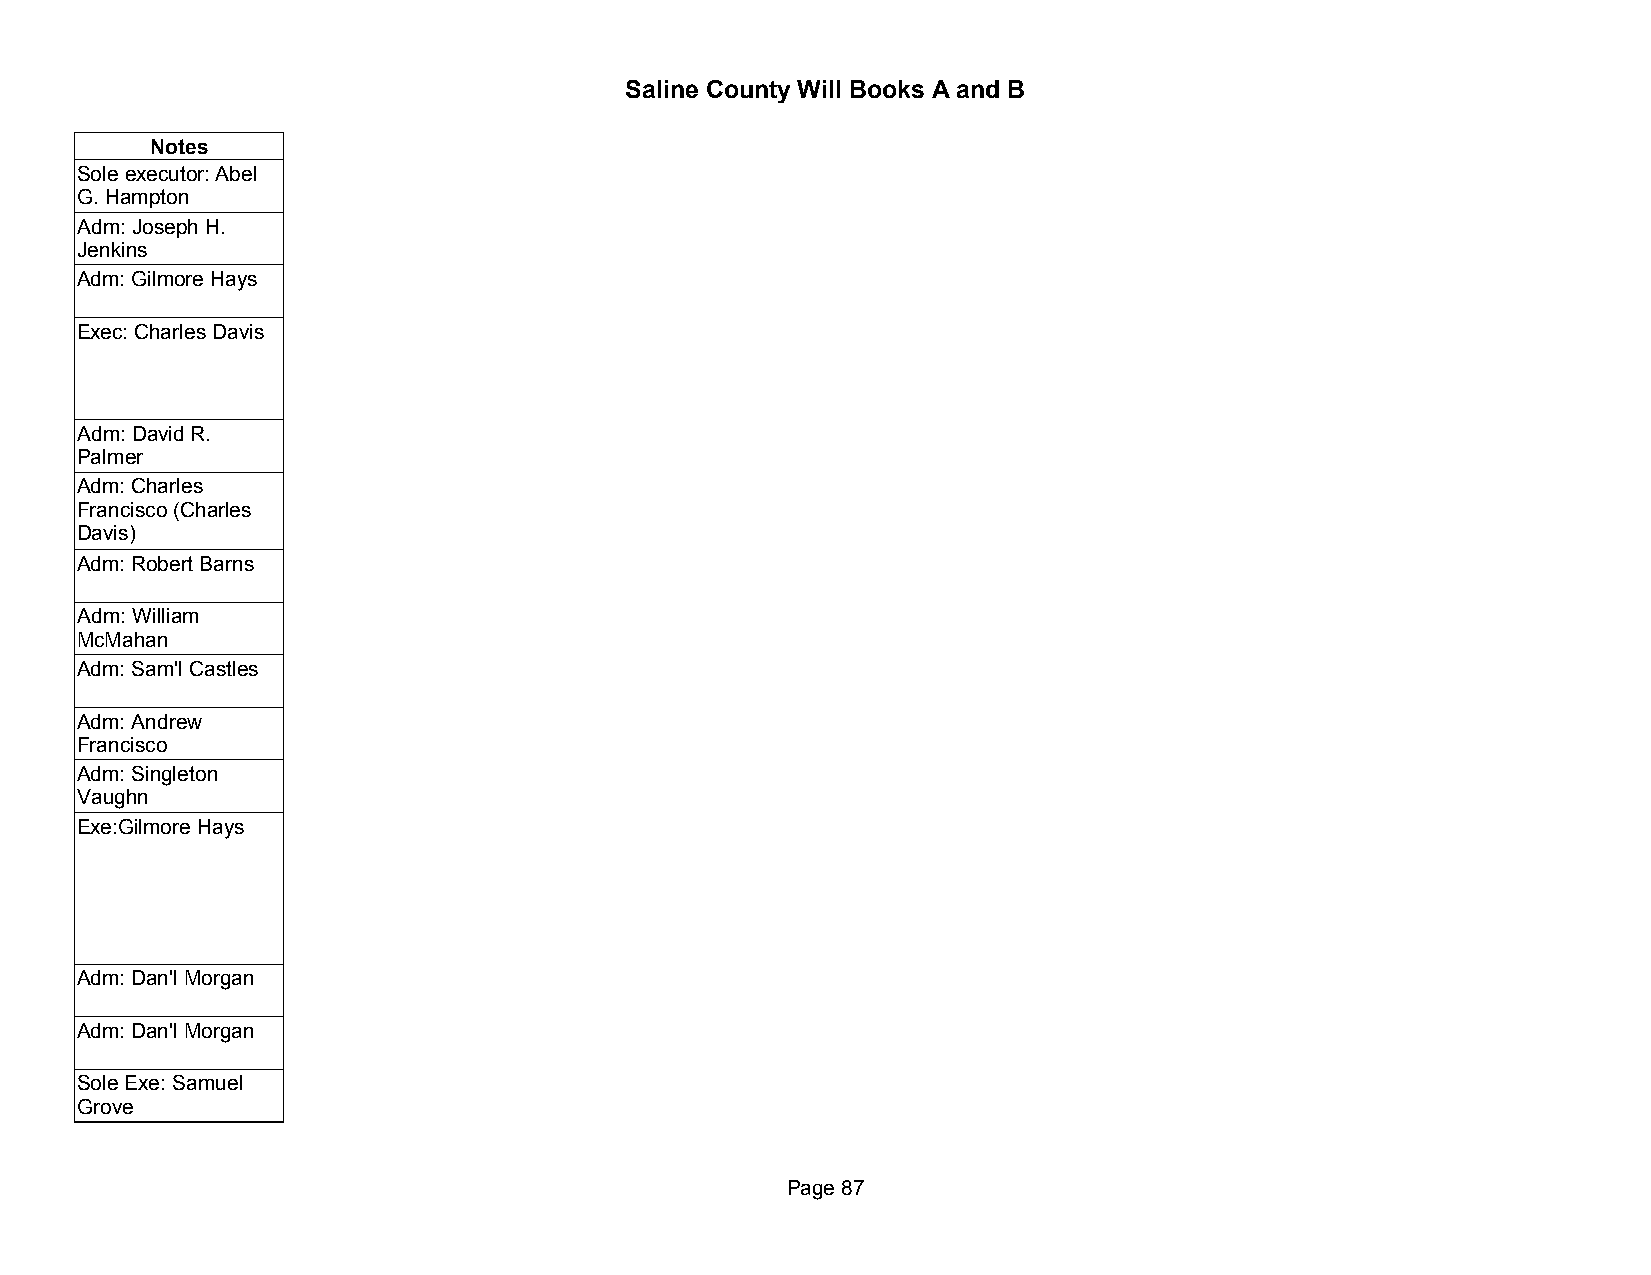
Saline County Will Books A and B
 Notes
 Sole executor: Abel
 G. Hampton
 Adm: Joseph H.
 Jenkins
 Adm: Gilmore Hays
 Exec: Charles Davis
 Adm: David R.
 Palmer
 Adm: Charles
 Francisco (Charles
 Davis)
 Adm: Robert Barns
 Adm: William
 McMahan
 Adm: Sam'l Castles
 Adm: Andrew
 Francisco
 Adm: Singleton
 Vaughn
 Exe:Gilmore Hays
 Adm: Dan'l Morgan
 Adm: Dan'l Morgan
 Sole Exe: Samuel
 Grove
 Page 87